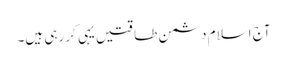
آج اسلام دشمن طاقتیں یہی کررہی ہیں۔